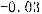
-0.03